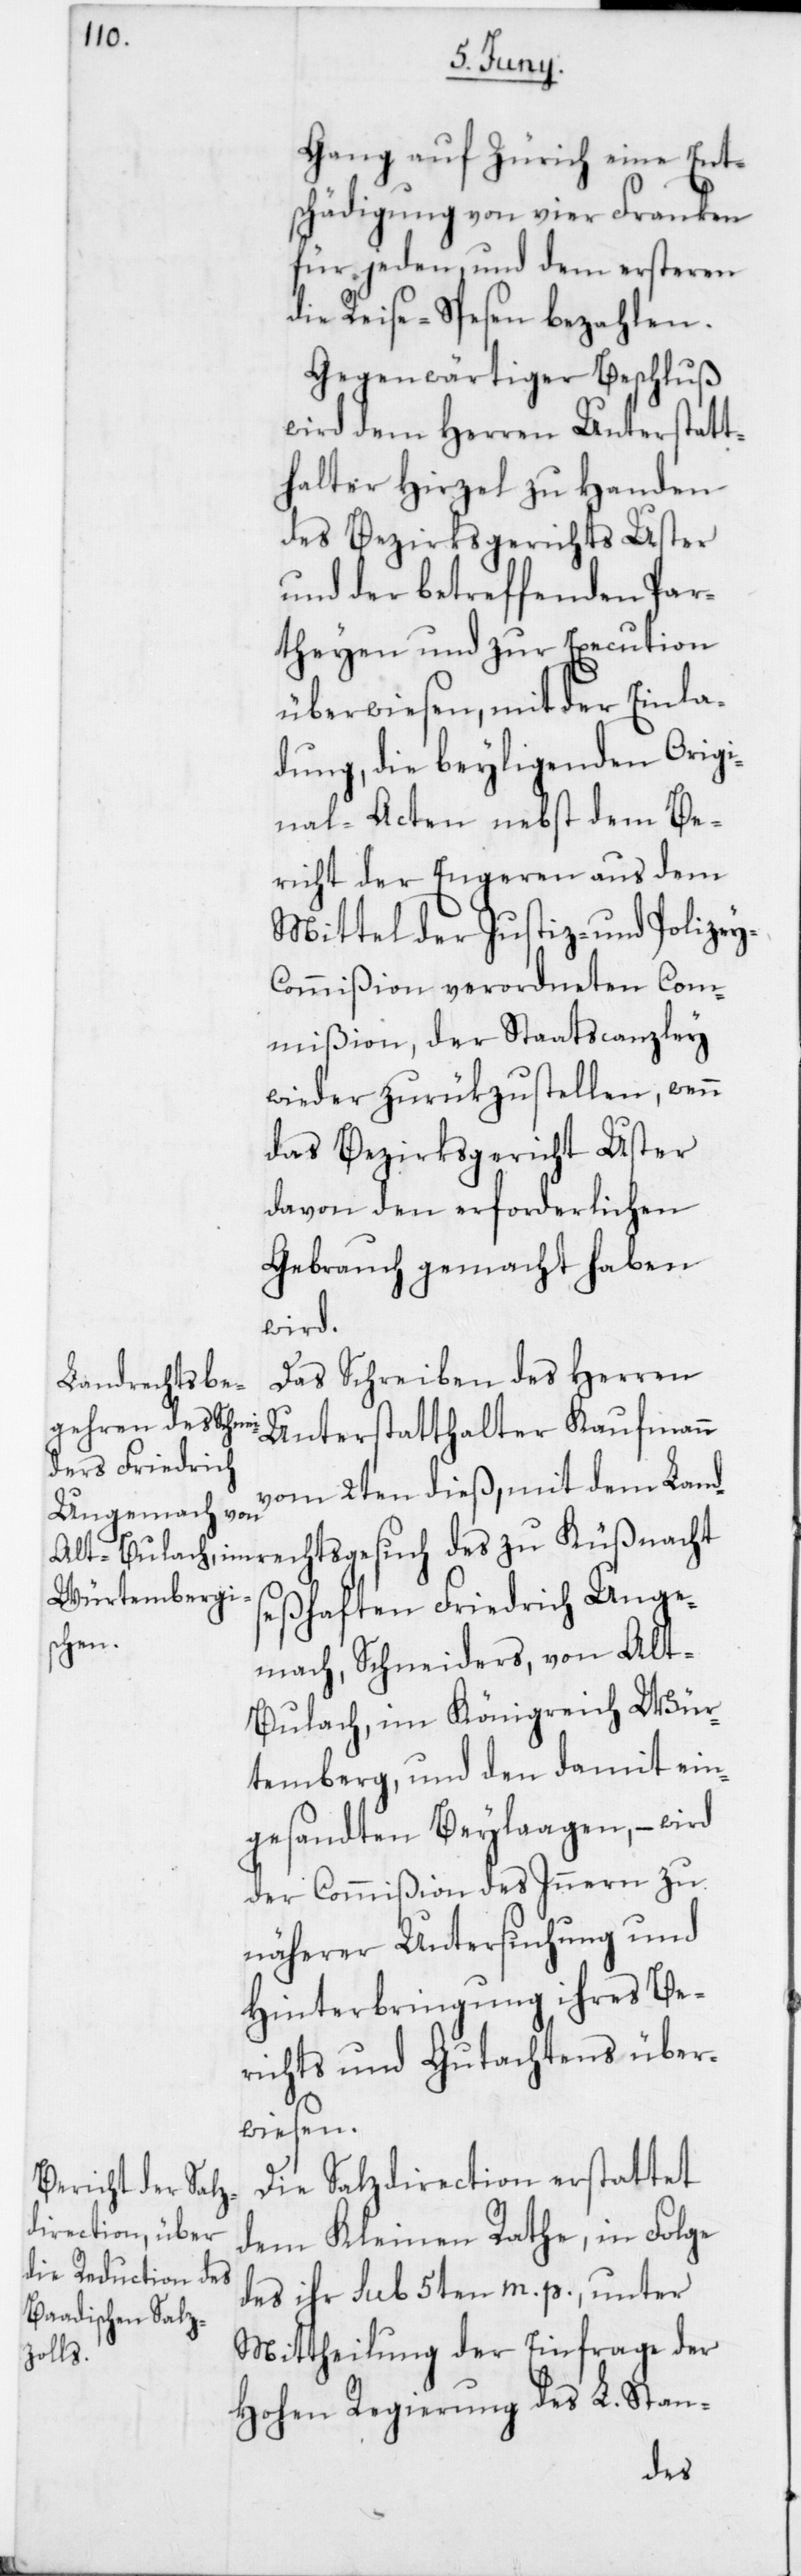
Gang auf Zürich eine Ent¬
schädigung von vier Franken
für jeden, und dem ersteren
die Reise-Spesen bezahlen.
Gegenwärtiger Beschluß
wird dem Herren Unterstatt¬
halter Hirzel zu Handen
des Bezirksgerichts Uster
und der betreffenden Par¬
theyen und zur Execution
überwiesen, mit der Einla¬
dung, die beyliegenden Origi¬
nal-Acten nebst dem Be¬
richt der Engeren aus dem
Mittel der Justiz- und Polize¬
y-Commißion verordneten Com¬
mißion, der Staatscanzley
wieder zurükzustellen, wenn
das Bezirksgericht Uster
davon den erforderlichen
Gebrauch gemacht haben
wird.
Das Schreiben des Herren
ndrechtsges¬
Unterstatthalter Kaufmann
vom 2ten dieß mit dem La¬
seßhaften Friedrich Unge¬
uch
mach, Schneiders von Alt-B¬
ülach im Königreich Wür¬
temberg, und den damit ein¬
gesandten Beylaagen, – wird
der Commißion des Inneren zu
näherer Untersuchung und
Hinterbringung ihres Be¬
richts und Gutachtens über¬
wiesen.
Die Salzdirection erstattet
dem Kleinen Rathe, in Folge
des ihr sub 5ten m. p., unter
Mittheilung der Einfrage der
Hohen Regierung des L. Stan-
des